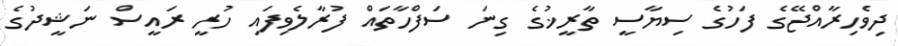
ދިވެހިރާއްޖޭގެ ފަހުގެ ސިޔާސީ ތާރީޚުގެ ގިނަ ސަފްހާތައް ފުރާލެވިފައި ހުރީ ރައީސް ނަޝީދުގެ